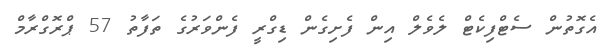
އެގޮތުން ސެޓްފިކެޓް ލެވެލް އިން ފެށިގެން ޑިގްރީ ފެންވަރުގެ ތަފާތު 57 ޕްރޮގްރާމް